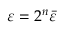
\varepsilon = 2 ^ { n } \bar { \varepsilon }